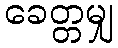
ခေတ္တမျှ